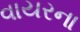
વાયરના